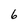
Character: 6